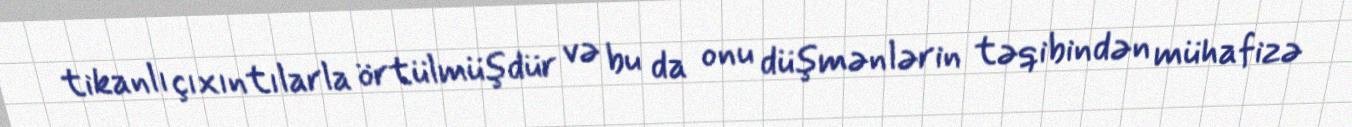
tikanlı çıxıntılarla örtülmüşdür və bu da onu düşmənlərin təqibindən mühafizə